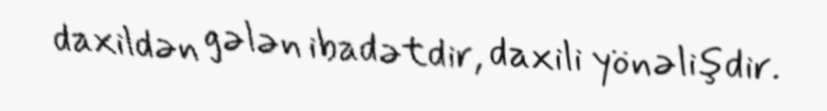
daxildən gələn ibadətdir, daxili yönəlişdir.